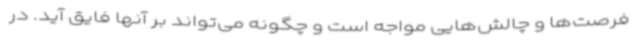
فرصت‌ها و چالش‌هایی مواجه است و چگونه می‌تواند بر آنها فایق آید. در